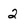
Character: 2